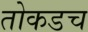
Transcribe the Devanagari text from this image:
तोकडच